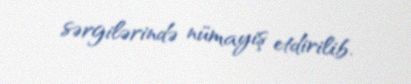
sərgilərində nümayiş etdirilib.